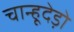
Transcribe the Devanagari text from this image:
चान्हूदेड़ो